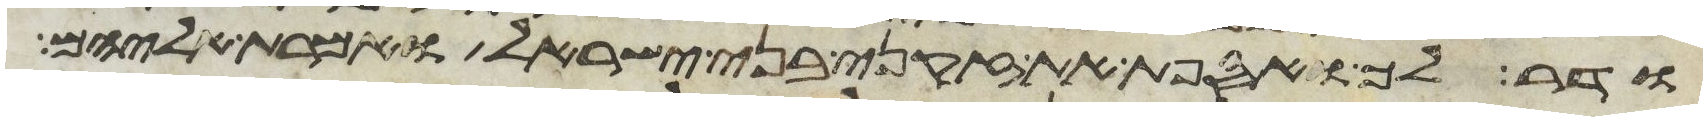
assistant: ודר לך ואספת את זקני בני ישראל ואמרת אליהם